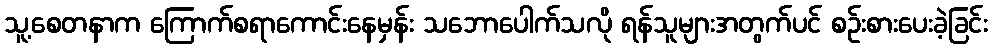
သူ့စေတနာက ကြောက်စရာကောင်းနေမှန်း သဘောပေါက်သလို ရန်သူများအတွက်ပင် စဉ်းစားပေးခဲ့ခြင်း